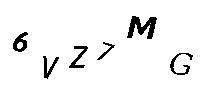
6VZ7MG